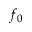
f _ { 0 }